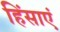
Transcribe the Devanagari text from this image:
हिंसाएं